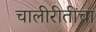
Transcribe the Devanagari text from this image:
चालीरीतींचा